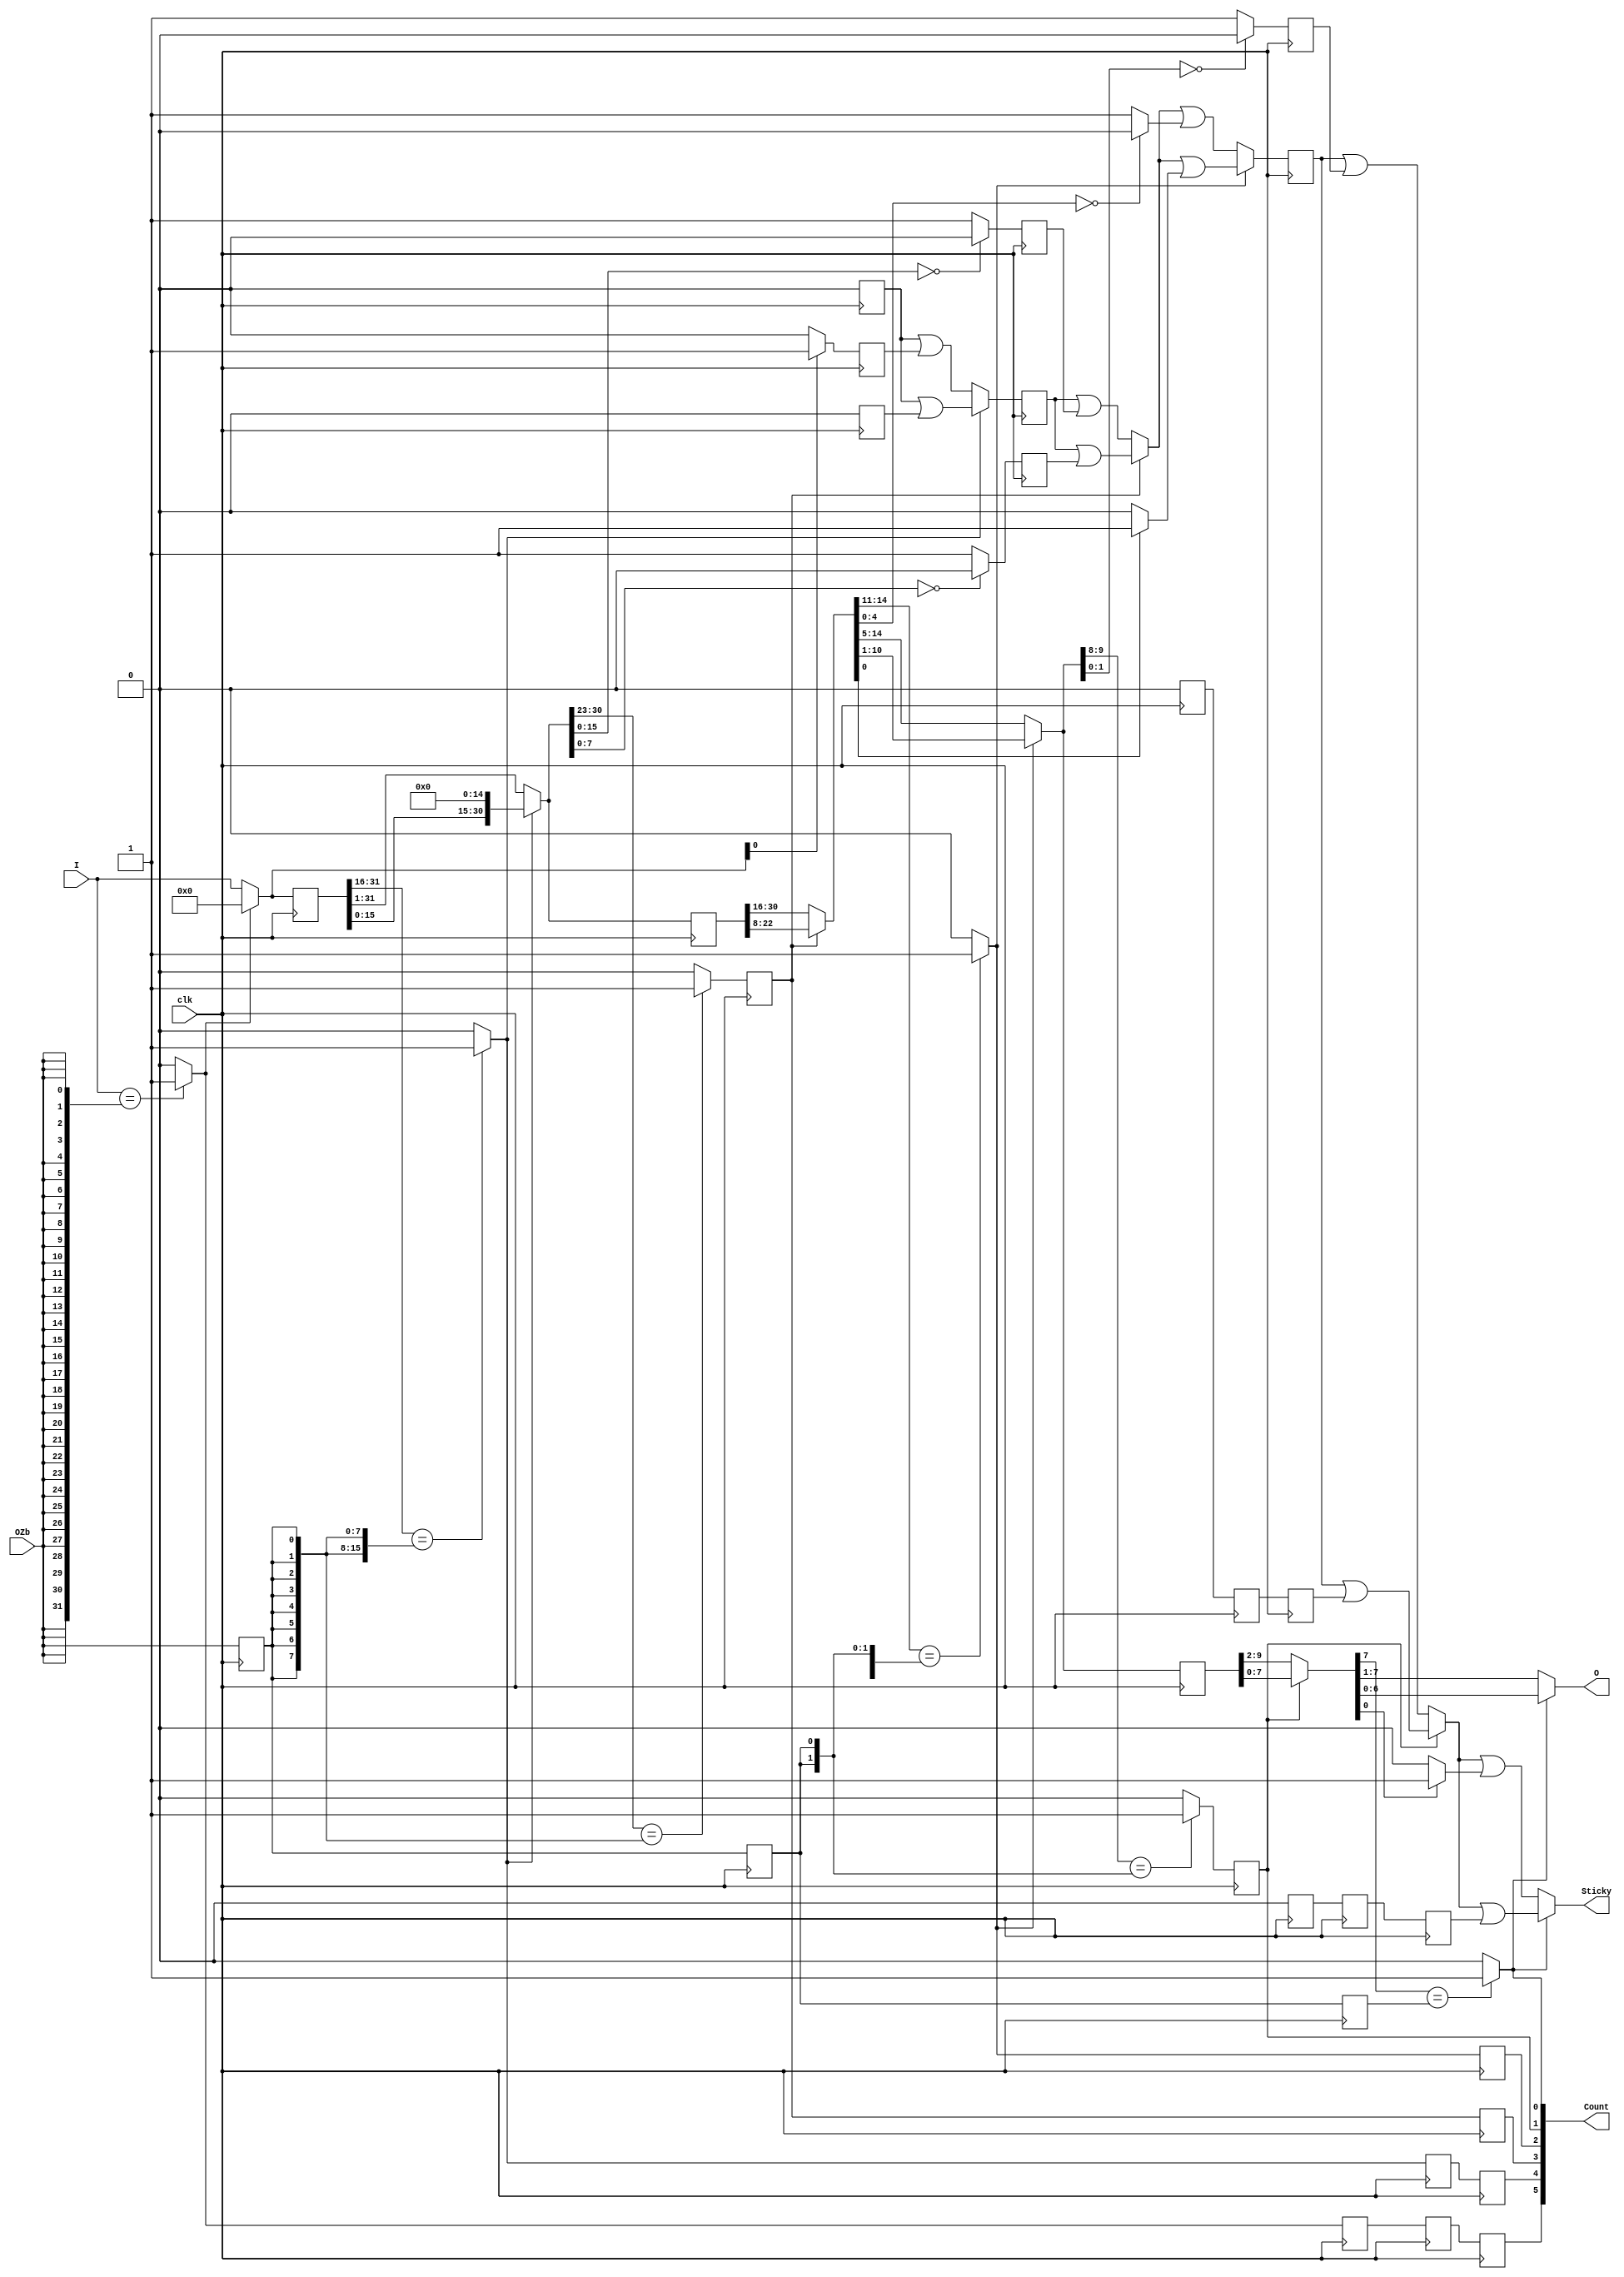
/* Generated by Yosys 0.12 (git sha1 UNKNOWN, gcc 11.1.0 -march=x86-64 -mtune=generic -O2 -fno-plt -fPIC -Os) */

module LZOCShifterSticky_32_to_7_counting_64_F400_uid22(clk, I, OZb, Count, O, Sticky);
  reg _00_;
  reg _01_;
  reg [30:0] _02_;
  reg _03_;
  reg _04_;
  reg _05_;
  reg _06_;
  reg _07_;
  reg _08_;
  reg _09_;
  reg _10_;
  reg _11_;
  reg [9:0] _12_;
  reg _13_;
  reg _14_;
  reg _15_;
  reg _16_;
  reg _17_;
  reg _18_;
  reg _19_;
  reg _20_;
  reg _21_;
  reg _22_;
  wire _23_;
  wire _24_;
  wire _25_;
  wire [31:0] _26_;
  wire _27_;
  wire _28_;
  wire _29_;
  wire _30_;
  wire _31_;
  wire _32_;
  reg _33_;
  wire _34_;
  wire [30:0] _35_;
  wire _36_;
  wire _37_;
  wire _38_;
  wire _39_;
  wire _40_;
  wire _41_;
  wire _42_;
  wire _43_;
  reg _44_;
  wire _45_;
  wire [14:0] _46_;
  wire _47_;
  wire _48_;
  wire _49_;
  wire _50_;
  wire _51_;
  wire _52_;
  wire _53_;
  wire _54_;
  reg _55_;
  wire _56_;
  wire _57_;
  wire _58_;
  wire [9:0] _59_;
  wire _60_;
  wire _61_;
  wire _62_;
  wire _63_;
  wire _64_;
  wire _65_;
  reg [31:0] _66_;
  wire _67_;
  wire _68_;
  wire _69_;
  wire _70_;
  wire _71_;
  wire [7:0] _72_;
  wire _73_;
  wire _74_;
  wire _75_;
  wire _76_;
  reg _77_;
  wire _78_;
  wire _79_;
  wire _80_;
  wire _81_;
  wire _82_;
  wire [6:0] _83_;
  wire _84_;
  wire _85_;
  wire _86_;
  wire _87_;
  reg _88_;
  wire _89_;
  wire _90_;
  output [5:0] Count;
  input [31:0] I;
  output [6:0] O;
  input OZb;
  output Sticky;
  input clk;
  wire count0;
  wire count1;
  wire count1_d1;
  wire count2;
  wire count2_d1;
  wire count3;
  wire count3_d1;
  wire count3_d2;
  wire count4;
  wire count4_d1;
  wire count4_d2;
  wire count5;
  wire count5_d1;
  wire count5_d2;
  wire count5_d3;
  wire [6:0] level0;
  wire [7:0] level1;
  wire [9:0] level2;
  wire [9:0] level2_d1;
  wire [14:0] level3;
  wire [30:0] level4;
  wire [30:0] level4_d1;
  wire [31:0] level5;
  wire [31:0] level5_d1;
  wire [31:0] level6;
  wire [5:0] scount;
  wire sozb;
  wire sozb_d1;
  wire sozb_d2;
  wire sozb_d3;
  wire sticky0;
  wire sticky1;
  wire sticky2;
  wire sticky2_d1;
  wire sticky3;
  wire sticky4;
  wire sticky4_d1;
  wire sticky5;
  wire sticky5_d1;
  wire sticky6;
  wire sticky_high_0;
  wire sticky_high_1;
  wire sticky_high_1_d1;
  wire sticky_high_2;
  wire sticky_high_3;
  wire sticky_high_3_d1;
  wire sticky_high_4;
  wire sticky_high_4_d1;
  wire sticky_high_5;
  wire sticky_low_0;
  wire sticky_low_0_d1;
  wire sticky_low_0_d2;
  wire sticky_low_0_d3;
  wire sticky_low_1;
  wire sticky_low_1_d1;
  wire sticky_low_1_d2;
  wire sticky_low_1_d3;
  wire sticky_low_2;
  wire sticky_low_3;
  wire sticky_low_3_d1;
  wire sticky_low_4;
  wire sticky_low_4_d1;
  wire sticky_low_5;
  assign _34_ = ~ count4;
  assign _35_ = _34_ ? level5_d1[31:1] : { level5_d1[15:0], 15'h0000 };
  assign _36_ = level5[0] == 1'h0;
  assign _37_ = _36_ ? 1'h0 : 1'h1;
  assign _38_ = sticky5_d1 | sticky_high_4_d1;
  assign _39_ = ~ count4;
  assign _40_ = _39_ ? _38_ : _41_;
  assign _41_ = sticky5_d1 | sticky_low_4_d1;
  assign _42_ = level4[30:23] == { sozb_d1, sozb_d1, sozb_d1, sozb_d1, sozb_d1, sozb_d1, sozb_d1, sozb_d1 };
  assign _43_ = _42_ ? 1'h1 : 1'h0;
  assign _45_ = ~ count3_d1;
  assign _46_ = _45_ ? level4_d1[30:16] : level4_d1[22:8];
  assign _47_ = level4[15:0] == 16'h0000;
  assign _48_ = _47_ ? 1'h0 : 1'h1;
  assign _49_ = level4[7:0] == 8'h00;
  assign _50_ = _49_ ? 1'h0 : 1'h1;
  assign _51_ = sticky4_d1 | sticky_high_3_d1;
  assign _52_ = ~ count3_d1;
  assign _53_ = _52_ ? _51_ : _54_;
  assign _54_ = sticky4_d1 | sticky_low_3_d1;
  assign _56_ = level3[14:11] == { sozb_d2, sozb_d2, sozb_d2, sozb_d2 };
  assign _57_ = _56_ ? 1'h1 : 1'h0;
  assign _58_ = ~ count2;
  assign _59_ = _58_ ? level3[14:5] : level3[10:1];
  assign _60_ = level3[4:0] == 5'h00;
  assign _61_ = _60_ ? 1'h0 : 1'h1;
  assign _62_ = level3[0] == 1'h0;
  assign _63_ = _62_ ? 1'h0 : 1'h1;
  assign _64_ = sticky3 | sticky_high_2;
  assign _65_ = ~ count2;
  assign _67_ = _65_ ? _64_ : _68_;
  assign _68_ = sticky3 | sticky_low_2;
  assign _69_ = level2[9:8] == { sozb_d2, sozb_d2 };
  assign _70_ = _69_ ? 1'h1 : 1'h0;
  assign _71_ = ~ count1_d1;
  assign _72_ = _71_ ? level2_d1[9:2] : level2_d1[7:0];
  assign _73_ = level2[1:0] == 2'h0;
  assign _74_ = _73_ ? 1'h0 : 1'h1;
  assign _75_ = sticky2_d1 | sticky_high_1_d1;
  assign _76_ = ~ count1_d1;
  assign _78_ = _76_ ? _75_ : _79_;
  assign _79_ = sticky2_d1 | sticky_low_1_d3;
  assign _80_ = level1[7] == sozb_d3;
  assign _81_ = _80_ ? 1'h1 : 1'h0;
  assign _82_ = ~ count0;
  assign _83_ = _82_ ? level1[7:1] : level1[6:0];
  assign _84_ = level1[0] == 1'h0;
  assign _85_ = _84_ ? 1'h0 : 1'h1;
  assign _86_ = sticky1 | sticky_high_0;
  assign _87_ = ~ count0;
  assign _89_ = _87_ ? _86_ : _90_;
  assign _90_ = sticky1 | sticky_low_0_d3;
  always @(posedge clk)
    _00_ <= sozb;
  always @(posedge clk)
    _11_ <= sozb_d1;
  always @(posedge clk)
    _22_ <= sozb_d2;
  always @(posedge clk)
    _33_ <= count5;
  always @(posedge clk)
    _44_ <= count5_d1;
  always @(posedge clk)
    _55_ <= count5_d2;
  always @(posedge clk)
    _66_ <= level5;
  always @(posedge clk)
    _77_ <= sticky5;
  always @(posedge clk)
    _88_ <= count4;
  always @(posedge clk)
    _01_ <= count4_d1;
  always @(posedge clk)
    _02_ <= level4;
  always @(posedge clk)
    _03_ <= sticky_high_4;
  always @(posedge clk)
    _04_ <= sticky_low_4;
  always @(posedge clk)
    _05_ <= sticky4;
  always @(posedge clk)
    _06_ <= count3;
  always @(posedge clk)
    _07_ <= count3_d1;
  always @(posedge clk)
    _08_ <= sticky_high_3;
  always @(posedge clk)
    _09_ <= sticky_low_3;
  always @(posedge clk)
    _10_ <= count2;
  always @(posedge clk)
    _12_ <= level2;
  always @(posedge clk)
    _13_ <= sticky2;
  always @(posedge clk)
    _14_ <= count1;
  always @(posedge clk)
    _15_ <= sticky_high_1;
  always @(posedge clk)
    _16_ <= sticky_low_1;
  always @(posedge clk)
    _17_ <= sticky_low_1_d1;
  always @(posedge clk)
    _18_ <= sticky_low_1_d2;
  always @(posedge clk)
    _19_ <= sticky_low_0;
  always @(posedge clk)
    _20_ <= sticky_low_0_d1;
  always @(posedge clk)
    _21_ <= sticky_low_0_d2;
  assign _23_ = level6 == { sozb, sozb, sozb, sozb, sozb, sozb, sozb, sozb, sozb, sozb, sozb, sozb, sozb, sozb, sozb, sozb, sozb, sozb, sozb, sozb, sozb, sozb, sozb, sozb, sozb, sozb, sozb, sozb, sozb, sozb, sozb, sozb };
  assign _24_ = _23_ ? 1'h1 : 1'h0;
  assign _25_ = ~ count5;
  assign _26_ = _25_ ? level6 : 32'd0;
  assign _27_ = sticky6 | sticky_high_5;
  assign _28_ = ~ count5;
  assign _29_ = _28_ ? _27_ : _30_;
  assign _30_ = sticky6 | sticky_low_5;
  assign _31_ = level5_d1[31:16] == { sozb_d1, sozb_d1, sozb_d1, sozb_d1, sozb_d1, sozb_d1, sozb_d1, sozb_d1, sozb_d1, sozb_d1, sozb_d1, sozb_d1, sozb_d1, sozb_d1, sozb_d1, sozb_d1 };
  assign _32_ = _31_ ? 1'h1 : 1'h0;
  assign level6 = I;
  assign sozb = OZb;
  assign sozb_d1 = _00_;
  assign sozb_d2 = _11_;
  assign sozb_d3 = _22_;
  assign sticky6 = 1'h0;
  assign count5 = _24_;
  assign count5_d1 = _33_;
  assign count5_d2 = _44_;
  assign count5_d3 = _55_;
  assign level5 = _26_;
  assign level5_d1 = _66_;
  assign sticky_high_5 = 1'h0;
  assign sticky_low_5 = 1'h0;
  assign sticky5 = _29_;
  assign sticky5_d1 = _77_;
  assign count4 = _32_;
  assign count4_d1 = _88_;
  assign count4_d2 = _01_;
  assign level4 = _35_;
  assign level4_d1 = _02_;
  assign sticky_high_4 = _37_;
  assign sticky_high_4_d1 = _03_;
  assign sticky_low_4 = 1'h0;
  assign sticky_low_4_d1 = _04_;
  assign sticky4 = _40_;
  assign sticky4_d1 = _05_;
  assign count3 = _43_;
  assign count3_d1 = _06_;
  assign count3_d2 = _07_;
  assign level3 = _46_;
  assign sticky_high_3 = _48_;
  assign sticky_high_3_d1 = _08_;
  assign sticky_low_3 = _50_;
  assign sticky_low_3_d1 = _09_;
  assign sticky3 = _53_;
  assign count2 = _57_;
  assign count2_d1 = _10_;
  assign level2 = _59_;
  assign level2_d1 = _12_;
  assign sticky_high_2 = _61_;
  assign sticky_low_2 = _63_;
  assign sticky2 = _67_;
  assign sticky2_d1 = _13_;
  assign count1 = _70_;
  assign count1_d1 = _14_;
  assign level1 = _72_;
  assign sticky_high_1 = _74_;
  assign sticky_high_1_d1 = _15_;
  assign sticky_low_1 = 1'h0;
  assign sticky_low_1_d1 = _16_;
  assign sticky_low_1_d2 = _17_;
  assign sticky_low_1_d3 = _18_;
  assign sticky1 = _78_;
  assign count0 = _81_;
  assign level0 = _83_;
  assign sticky_high_0 = _85_;
  assign sticky_low_0 = 1'h0;
  assign sticky_low_0_d1 = _19_;
  assign sticky_low_0_d2 = _20_;
  assign sticky_low_0_d3 = _21_;
  assign sticky0 = _89_;
  assign scount = { count5_d3, count4_d2, count3_d2, count2_d1, count1_d1, count0 };
  assign Count = scount;
  assign O = level0;
  assign Sticky = sticky0;
endmodule